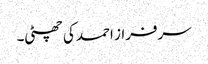
سرفراز احمد کی چھٹی۔